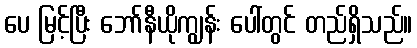
ပေ မြင့်ပြီး ဘော်နီယိုကျွန်း ပေါ်တွင် တည်ရှိသည်။